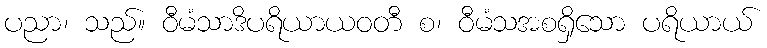
ပညာ၊ သည်။ ဝီမံသာဒိပရိယာယဝတီ စ၊ ဝီမံသအစရှိသော ပရိယာယ်